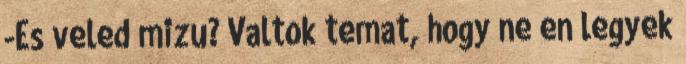
-Es veled mizu? Valtok temat, hogy ne en legyek